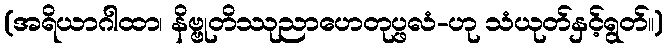
(အရိယာဂါထာ၊ နိဗ္ဗုတိဿုညာဟေတုပ္ဖလံ-ဟု သံယုတ်နှင့်ရွတ်။)